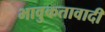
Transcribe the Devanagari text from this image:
भावुकतावादी